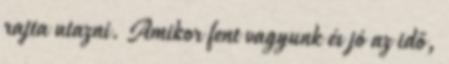
rajta utazni. Amikor fent vagyunk és jó az idő,